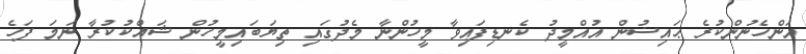
އަންހެނުންކުރެ ޙައިޟުން އުއްމީދު ކެނޑިފައިވާ މީހުންނާ މެދުގައި ތިޔަބައިމީހުން ޝައްކުކުރާ ނަމަ ފަހެ